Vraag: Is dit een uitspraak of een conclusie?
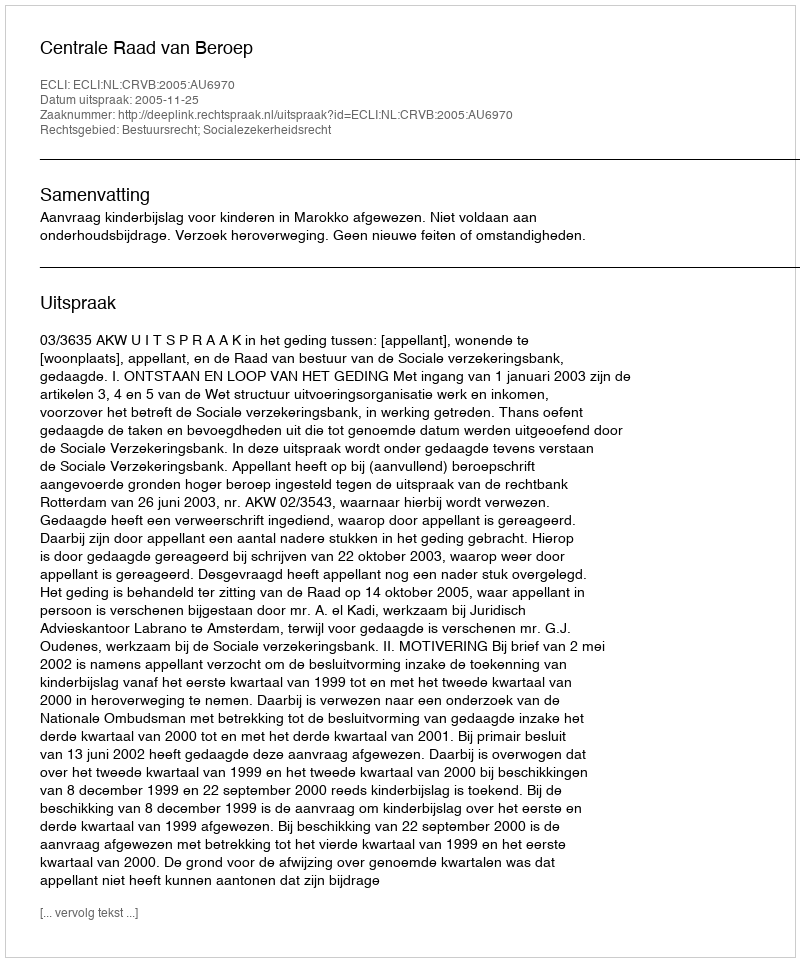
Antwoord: Uitspraak